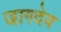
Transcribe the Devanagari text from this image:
जागदेव